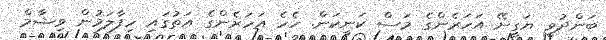
ބަންދުވީ ޔަގީނޭ އަހަރެންގެ މަސް ކަނީކަން. ހެހެ އަހަރެންގެ އަތުގައި ހިފާލަމުން ވިޝާމް